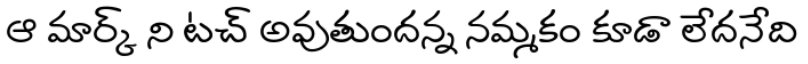
ఆ మార్క్ ని టచ్ అవుతుందన్న నమ్మకం కూడా లేదనేది